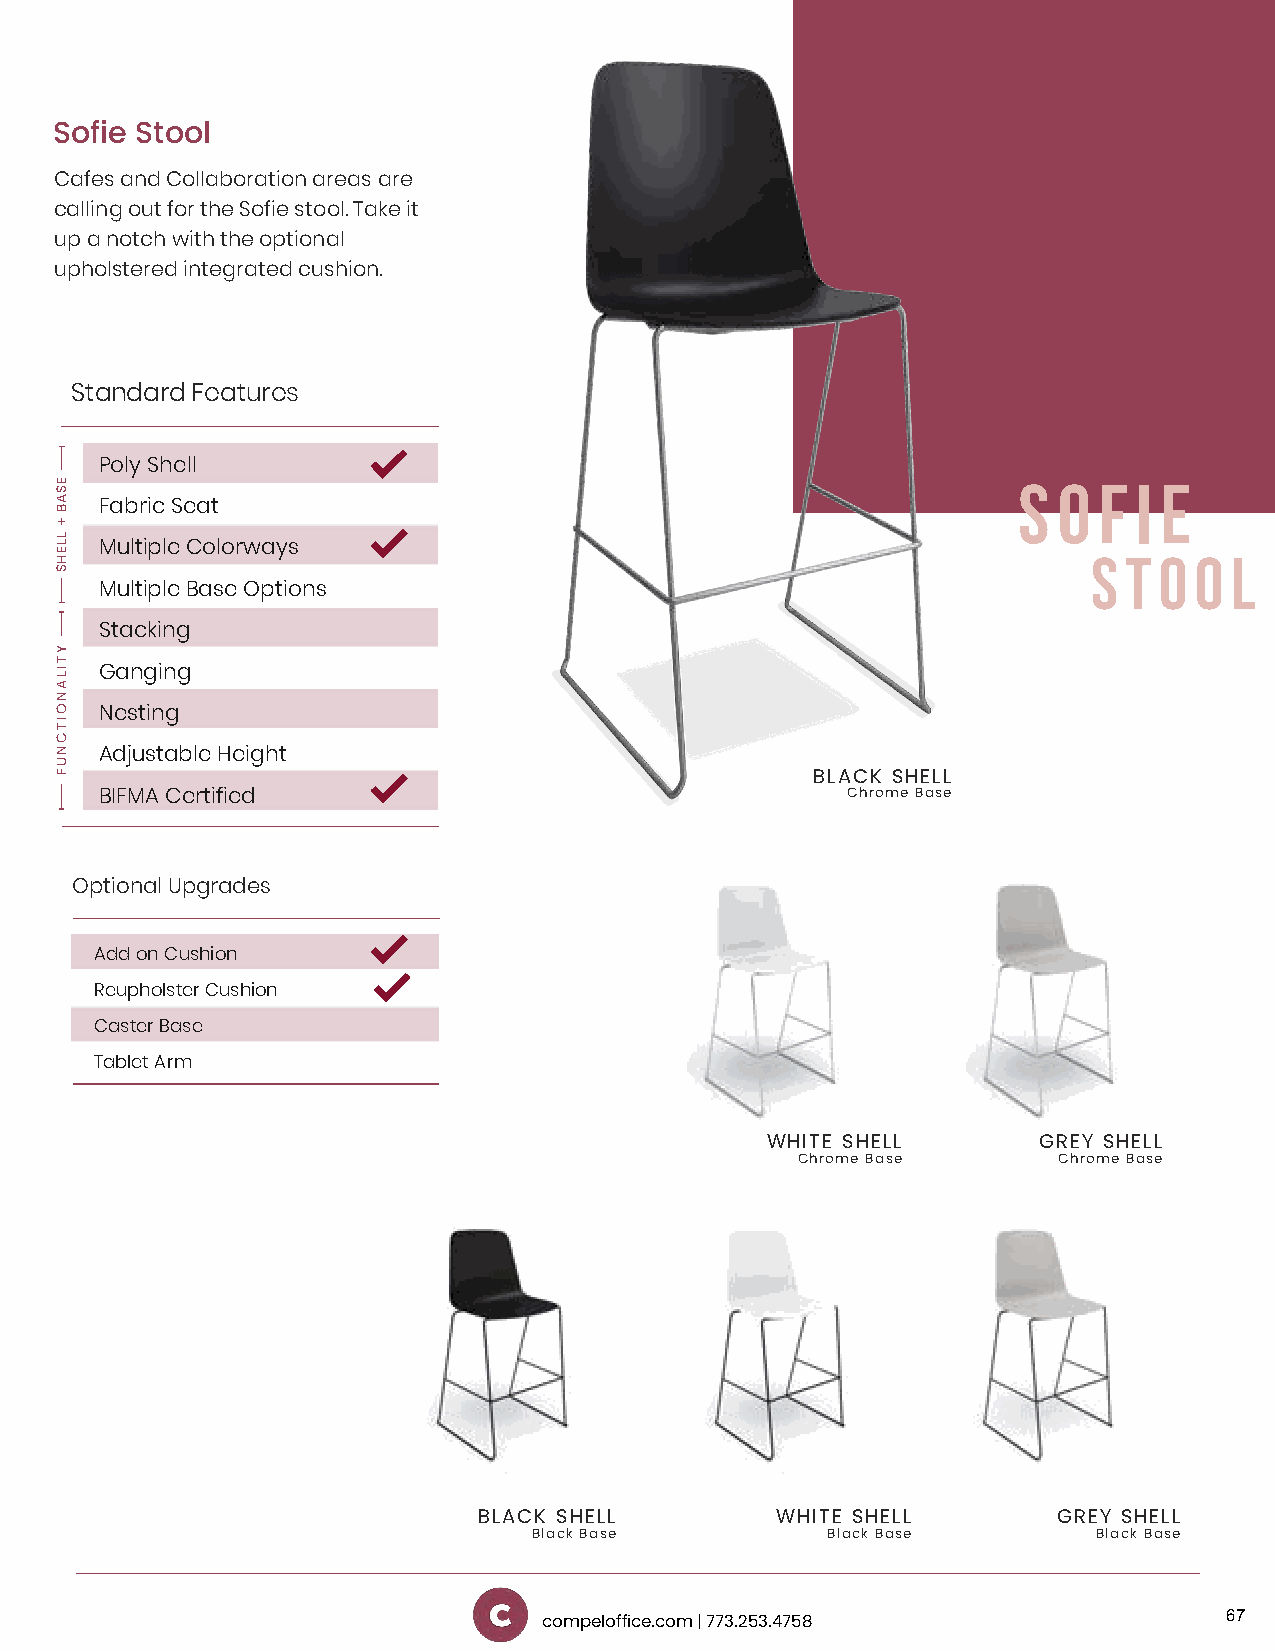
Sofie Stool
 Cafes and Collaboration areas are
 calling out for the Sofie stool. Take it
 up a notch with the optional
 upholstered integrated cushion .
 Standard Features
 Poly Shell
 S  O  F I E
 Fabric Seat
 Multiple Colorways                                               S  T O O L
 Multiple Base Options
 Stacking
 Ganging
 Nesting
 Adjustable Height
 BLACK SHELL
 BIFMA Certified                                  Chrome Base
 Optional Upgrades
 Add on Cushion
 Reupholster Cushion
 Caster Base
 Tablet Arm
 WHITE SHELL       GREY SHELL
 Chrome Base      Chrome Base
 BLACK SHELL        WHITE SHELL        GREY SHELL
 Black Base          Black Base        Black Base
 67
 compeloffice.com | 773.253.4758
 ESAB
 +
 LLEHS
 YTILANOITCNUF